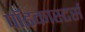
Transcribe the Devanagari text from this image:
पॉडकास्टर्स